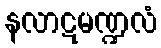
နလာဋမဏ္ဍလံ